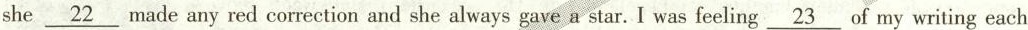
she \underline{22} made any red correction and she always gave a star. I was feeling \underline{23} of my writing each